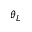
\theta _ { L }